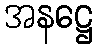
အနဋ္ဌေ